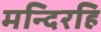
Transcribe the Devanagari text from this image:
मन्दिरहि